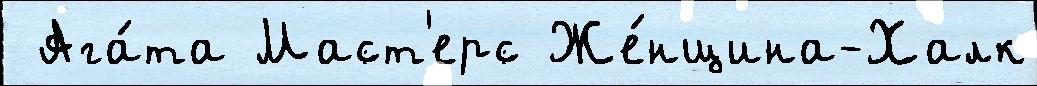
 Ага́та Маст'ерс Же́нщина-Халк